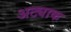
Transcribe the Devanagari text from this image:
अट्याक